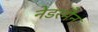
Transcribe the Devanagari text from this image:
नेडरमैन